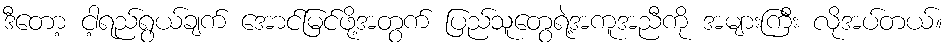
ဒီတော့ ငါ့ရည်ရွယ်ချက် အောင်မြင်ဖို့အတွက် ပြည်သူတွေရဲ့အကူအညီကို အများကြီး လိုအပ်တယ်။